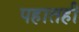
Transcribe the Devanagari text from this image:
पहातही